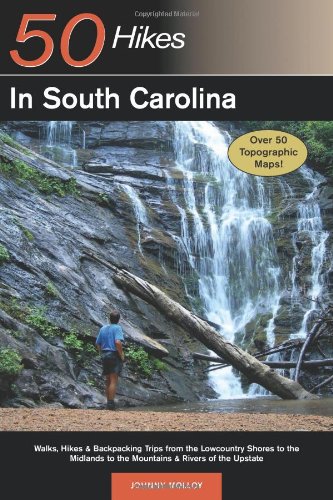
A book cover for Explorer's Guide 50 Hikes in South Carolina: Walks, Hikes & Backpacking Trips from the Lowcountry Shores to the Midlands to the Mountains & Rivers of the Upstate (Explorer's 50 Hikes); Johnny Molloy; Travel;